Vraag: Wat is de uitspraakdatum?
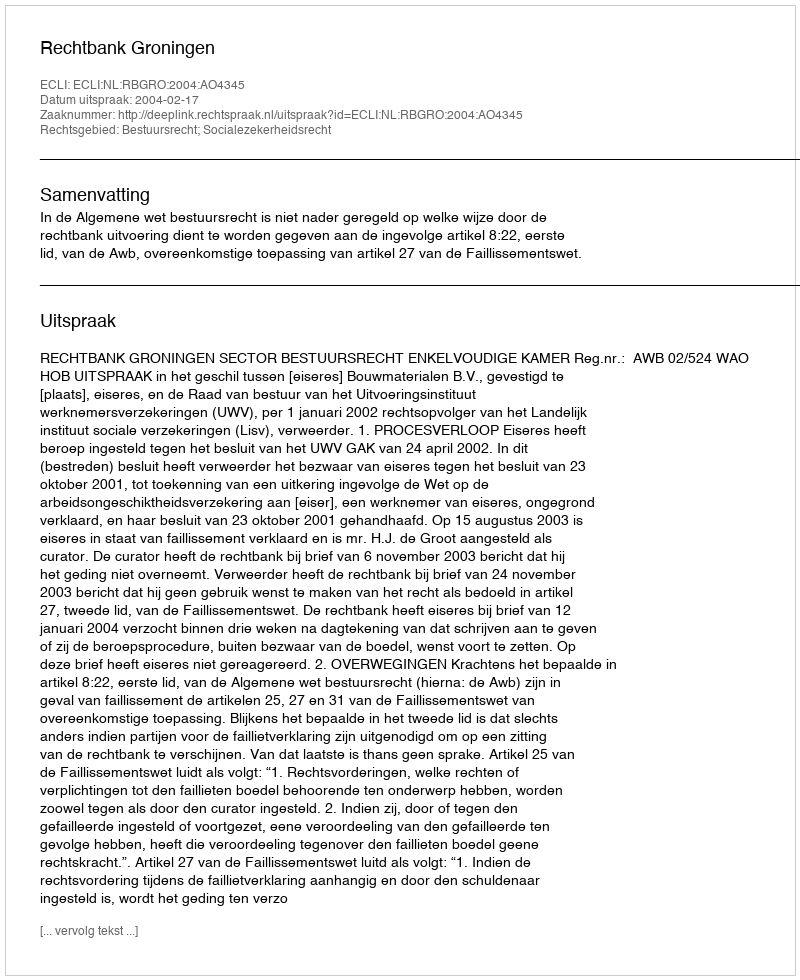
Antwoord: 2004-02-17